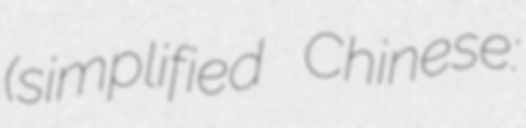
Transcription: (simplified Chinese: